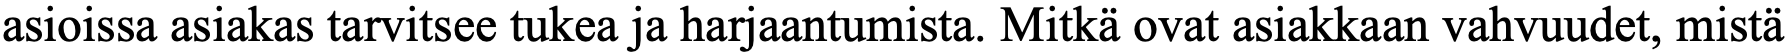
asioissa asiakas tarvitsee tukea ja harjaantumista. Mitkä ovat asiakkaan vahvuudet, mistä